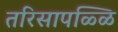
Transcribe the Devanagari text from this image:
तरिसापळ्ळि